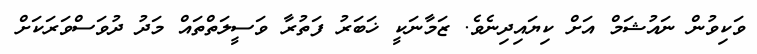
ވަކިވުން ނައުޝަމް އަށް ކިޔައިދިނެވެ. ޒަމާނަކީ ޚަބަރު ފަތުރާ ވަސީލަތްތައް މަދު ދުވަސްވަރަކަށް